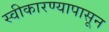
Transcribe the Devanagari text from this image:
स्वीकारण्यापासून